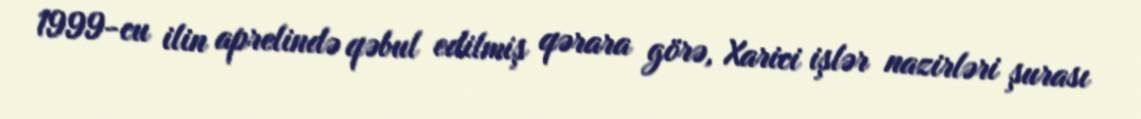
1999-cu ilin aprelində qəbul edilmiş qərara görə, Xarici işlər nazirləri şurası